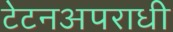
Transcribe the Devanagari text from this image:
टेटनअपराधी